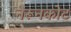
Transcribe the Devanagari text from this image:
नेरूनकोट